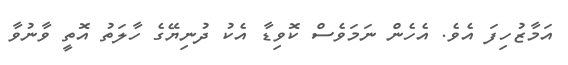
އަމާޒުހިފަ އެވެ. އެހެން ނަމަވެސް ކޮވިޑާ އެކު ދުނިޔޭގެ ހާލަތު އޮތީ ވާނުވާ